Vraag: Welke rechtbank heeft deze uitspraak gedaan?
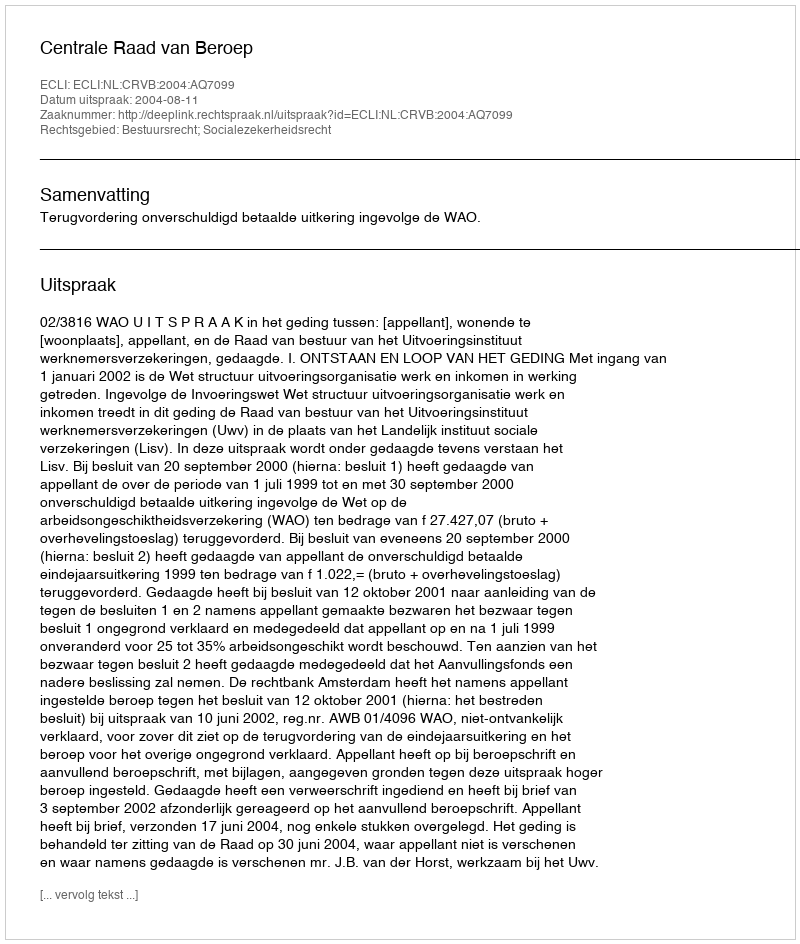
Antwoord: Centrale Raad van Beroep